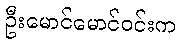
ဦးမောင်မောင်ဝင်းက